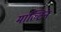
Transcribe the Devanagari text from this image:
माल्टिन